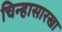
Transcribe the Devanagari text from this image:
चिन्हासारखा